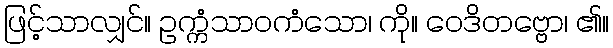
ဖြင့်သာလျှင်။ ဥက္ကံသာဝကံသော၊ ကို။ ဝေဒိတဗ္ဗော၊ ၏။